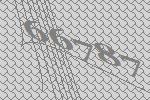
66787